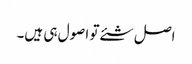
اصل شئے تو اصول ہی ہیں۔